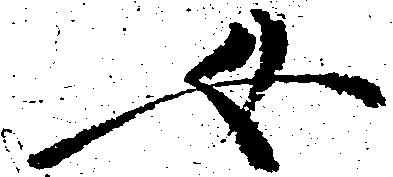
女